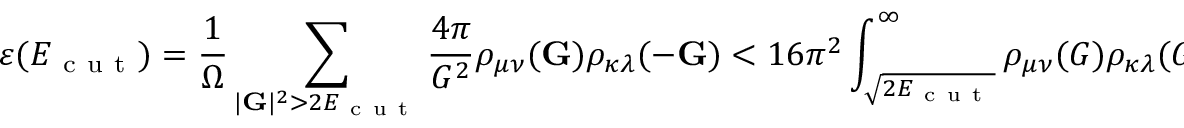
\varepsilon ( E _ { \mathrm { ~ c ~ u ~ t ~ } } ) = \frac { 1 } { \Omega } \sum _ { | \mathbf { G } | ^ { 2 } > 2 E _ { \mathrm { ~ c ~ u ~ t ~ } } } \frac { 4 \pi } { G ^ { 2 } } \rho _ { \mu \nu } ( \mathbf { G } ) \rho _ { \kappa \lambda } ( - \mathbf { G } ) < 1 6 \pi ^ { 2 } \int _ { \sqrt { 2 E _ { \mathrm { ~ c ~ u ~ t ~ } } } } ^ { \infty } \rho _ { \mu \nu } ( G ) \rho _ { \kappa \lambda } ( G ) d G .